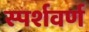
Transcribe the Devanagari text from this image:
स्पर्शवर्ण